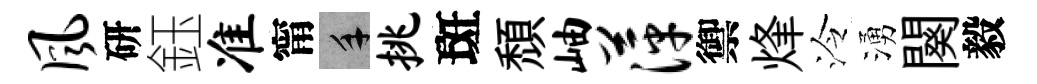
风研鈺准甯手挑斑頹岫萍禦烽泠湧闋毅